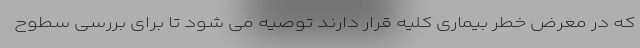
که در معرض خطر بیماری کلیه قرار دارند توصیه می شود تا برای بررسی سطوح